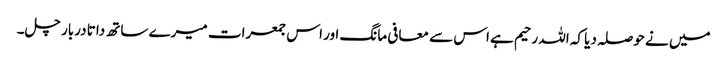
میں نے حوصلہ دیا کہ اللہ رحیم ہے اس سے معافی مانگ اور اس جمعرات میرے ساتھ داتا دربار چل۔